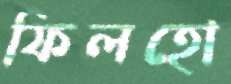
ফিলহো